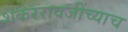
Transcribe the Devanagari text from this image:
शंकररावजींच्याच